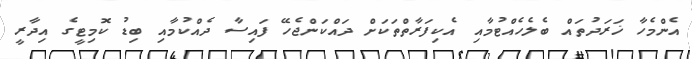
އެންމެހާ ޚަރަދުތައް ބެލެހެއްޓުމާއި އެކިފަރާތްތަކަށް ދައްކަންޖެހޭ ފައިސާ ދެއްކުމާއި ބިޑު ކޮމިޓީގެ އިދާރީ